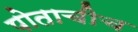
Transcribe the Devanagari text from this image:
पोताचीच